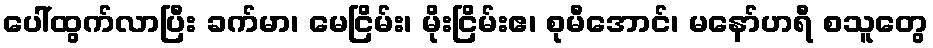
ပေါ်ထွက်လာပြီး ခက်မာ၊ မေငြိမ်း၊ မိုးငြိမ်းဧ၊ စုမီအောင်၊ မနော်ဟရီ စသူတွေ